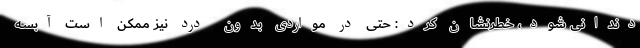
دندانی شود، خطرنشان کرد: حتی در مواردی بدون درد نیز ممکن است آبسه